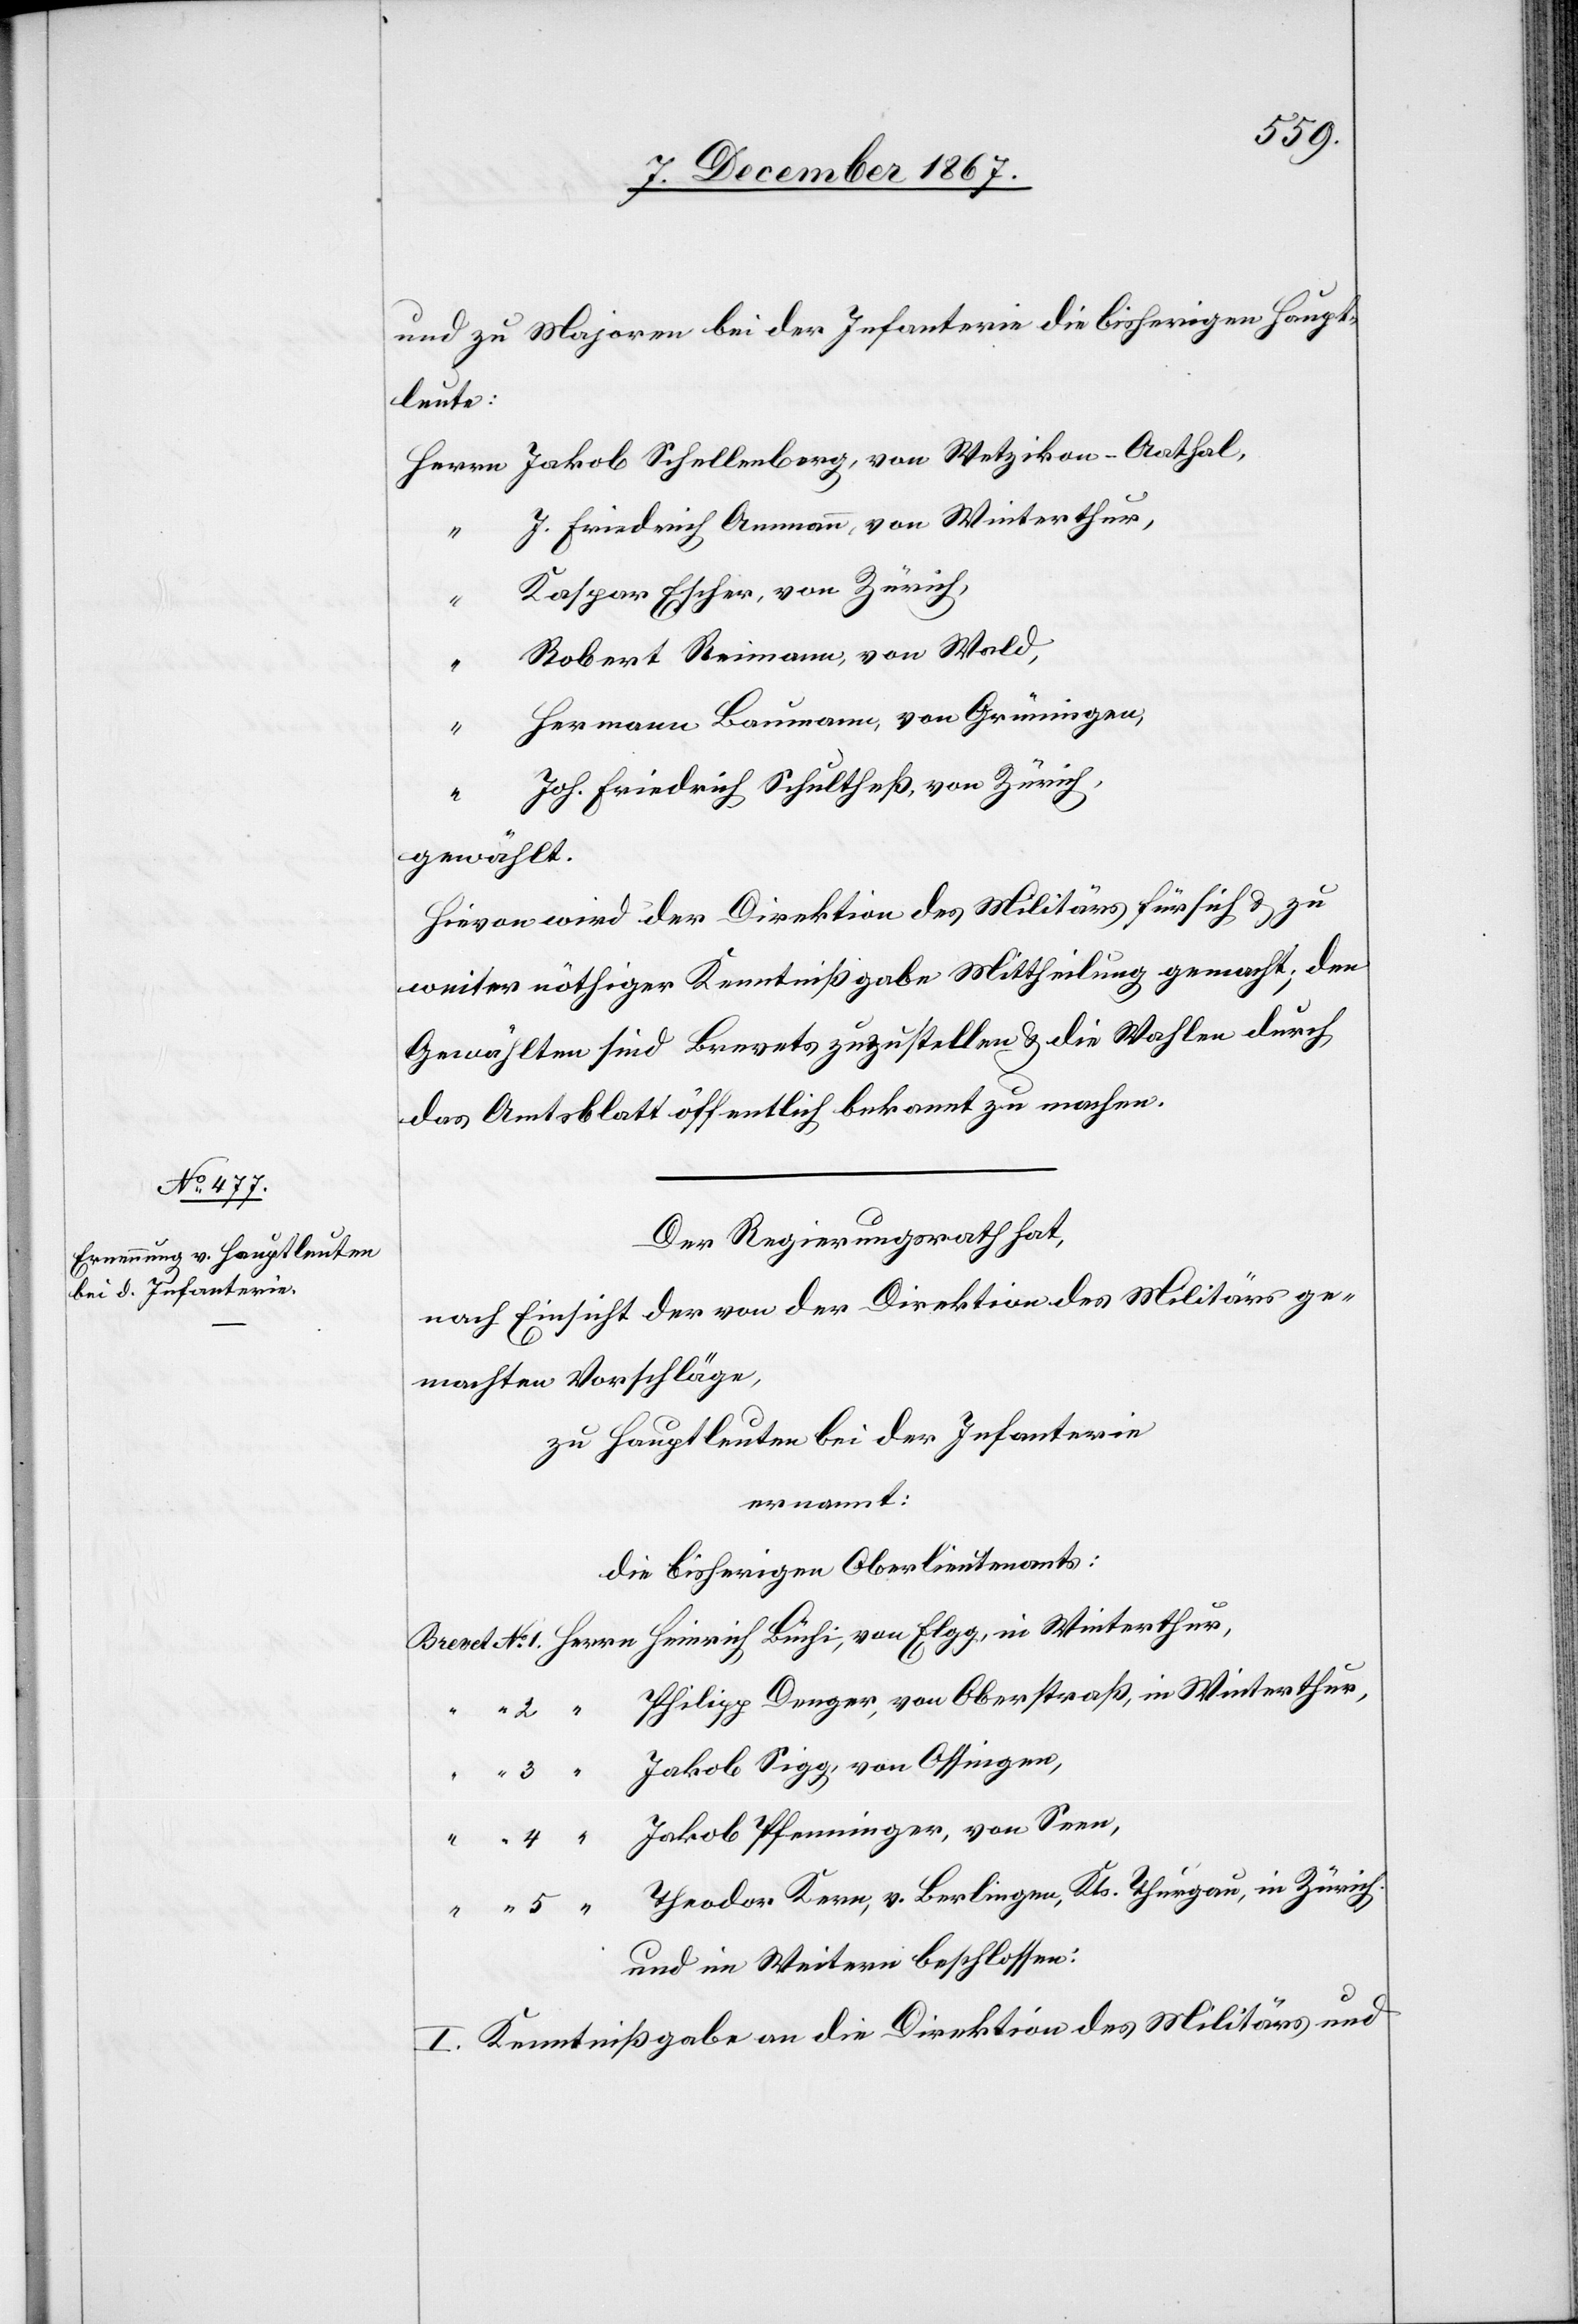
und zu Majoren bei der Infanterie die bisherigen Haupt¬
leute:
J. Friedrich Ammann, von Winterthur,
Kaspar Escher, von Zürich,
“
Robert Reimann, von Wald,
Hermann Baumann, von Grüningen,
4
Joh. Friedrich Schultheß, von Zürich,
gewählt.
Hievon wird der Direktion des Militärs für sich u. zu
weiter nöthiger Kenntnißgabe Mittheilung gemacht; den
Gewählten sind Brevets zuzustellen u. die Wahlen durch
das Amtsblatt öffentlich bekannt zu machen.
Der Regierungsrath hat,
nach Einsicht der von der Direktion des Militärs ge¬
machten Vorschläge,
zu Hauptleuten bei der Infanterie
ernannt:
die bisherigen Oberlieutenants:
Philipp Denger, von Oberstraß, in Winterthur,
Jakob Pfenninger, von Seen,
Theodor Kern, v. Berlingen, Kts. Thurgau, in Zürich.
und im Weitern beschlossen:
5
I. Kenntnißgabe an die Direktion des Militärs und